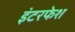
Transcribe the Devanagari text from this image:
इंटरफेश